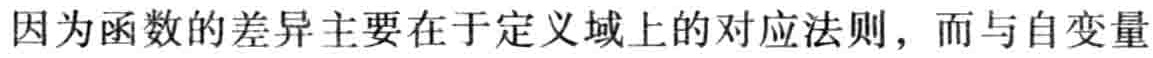
因为函数的差异主要在于定义域上的对应法则，而与自变量